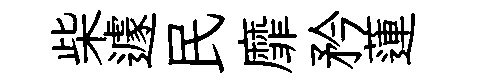
柴遽民靡矜蓮